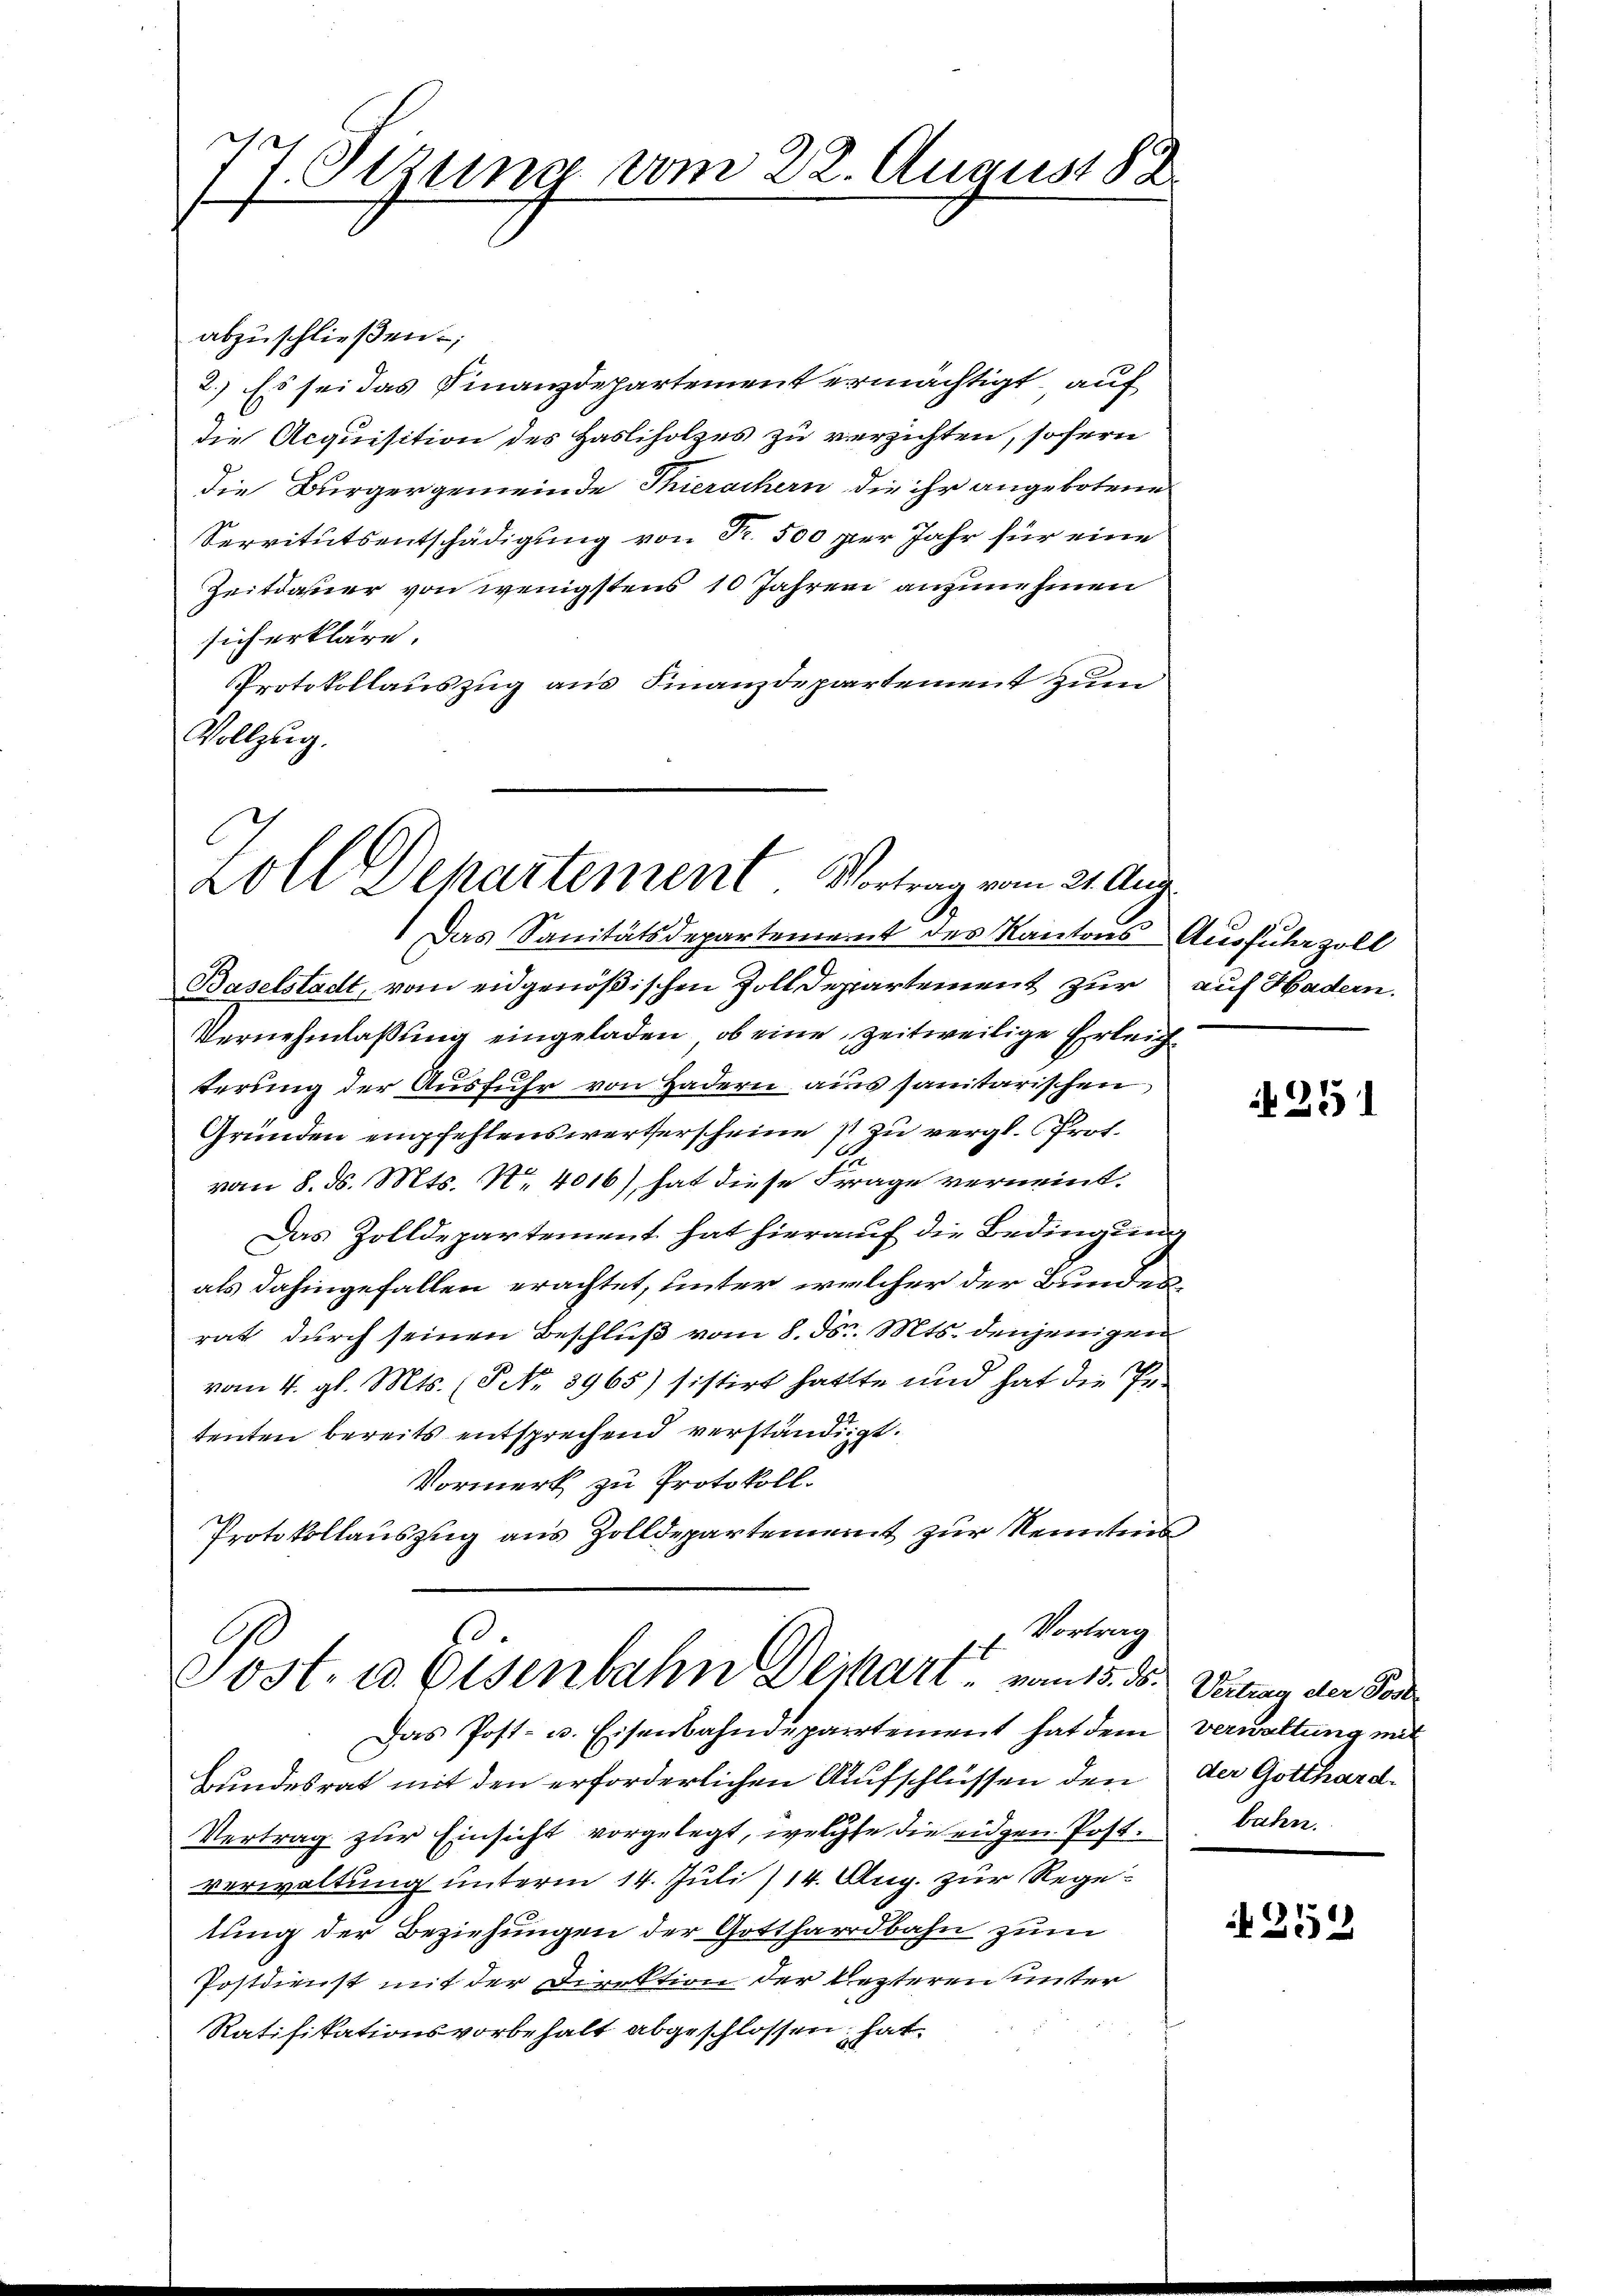
7. Setzung vom 22. August 88
t

abzuschließen;
2.) Es sei das Finanzdepartement ermächtigt, auf
die Acquisition des Hasliholzes zu verzichten, sofern
die Bürgergemeinde Thierachern die ihr angebotene
Servitutsentschädigung von Fr. 500 per Jahr für eine
Zeitdauer von wenigstens 10 Jahren anzunehmen
sich erkläre.
Protokollauszug aus Finanzdepartement zum
Vollzug.

C
Zoll Departement. Vortrag vom 21. Aug.

Das Sanitätsdepartement des Kantons Ausfuhrzoll
Baselstadt, vom eidgenößischen Zolldepartement zur auf Hadern.
Vernehmlaßung eingeladen, ob eine zeitweilige Erleichterung der Ausfuhr von Hadern aus sanitarischen
Gründen empfehlenswerterscheine 1 zu vergl. Prof.
vom 8. d. Mts. No 4016), hat diese Frage verneint.
Das Zolldepartement hat hierauf die Bedingung
als dahingefallen erachtet, unter welcher der Bundesrat durch seinen Beschluß vom 8. d. Mts. denjenigen
vom 4. gl. Mts. (T No. 3965) sistirt hatte und hat die Petenten bereits entsprechend verständigt.
Vormerk zu Protokoll.
Protokollauszug aus Zolldepartement zur Kenntnis

Vortrag
16
Sost- u. Eisenbahn Dejhart vom 15. ds. Vertrag der Post

Das Post- u. Eisenbahndepartement hat dem
Bundesrat mit den erforderlichen Aufschlüssen den
Vertrag zur Einsicht vorgelegt, welche die eidgen Postverwaltung unterm 14. Juli 114. Aug. zur Regetung der Beziehungen der Gotthardbahn zum
Postdienst mit der Direktion der lezteren unter
Ratifikationsvorbehalt abgeschlossen hat.

251

verwaltung mit
der Gotthard.
bahn.

252